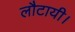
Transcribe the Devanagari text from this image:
लौटायी।